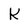
Character: k